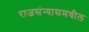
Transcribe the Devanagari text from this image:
राजसंन्यासमधील